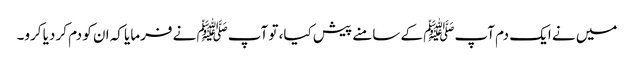
میں نے ایک دم آپﷺ کے سامنے پیش کیا، تو آپﷺ نے فرمایا کہ ان کو دم کر دیا کرو۔